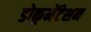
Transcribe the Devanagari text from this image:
डोकुमेंटेशन